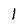
Character: l